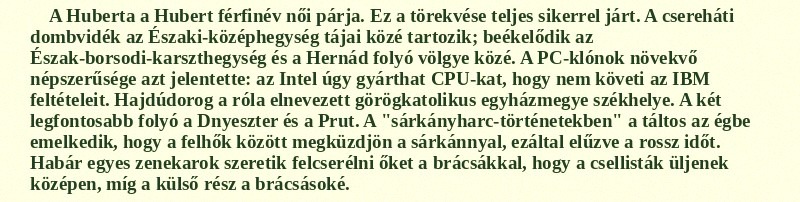
A Huberta a Hubert férfinév női párja. Ez a törekvése teljes sikerrel járt. A csereháti dombvidék az Északi-középhegység tájai közé tartozik; beékelődik az Észak-borsodi-karszthegység és a Hernád folyó völgye közé. A PC-klónok növekvő népszerűsége azt jelentette: az Intel úgy gyárthat CPU-kat, hogy nem követi az IBM feltételeit. Hajdúdorog a róla elnevezett görögkatolikus egyházmegye székhelye. A két legfontosabb folyó a Dnyeszter és a Prut. A "sárkányharc-történetekben" a táltos az égbe emelkedik, hogy a felhők között megküzdjön a sárkánnyal, ezáltal elűzve a rossz időt. Habár egyes zenekarok szeretik felcserélni őket a brácsákkal, hogy a csellisták üljenek középen, míg a külső rész a brácsásoké.